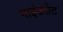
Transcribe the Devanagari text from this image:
माइंडसेट